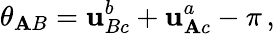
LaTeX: \theta_{\mathbf{A}B}=\mathbf{u}_{Bc}^{b}+\mathbf{u}_{\mathbf{A}c}^{a}-\pi\, ,